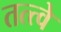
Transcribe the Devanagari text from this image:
तत्‍त्‍वे